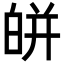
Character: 皏